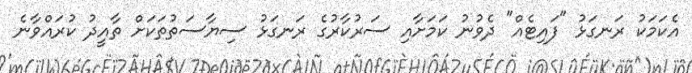
އެކަމަކު ރަނގަޅު "ފައިޓެއް" ދެވުނު ކަމަށާއި ސަރުކާރުގެ ރަނގަޅު ސިޔާސަތުތަކަށް ތާއީދު ކުރައްވާނެ